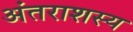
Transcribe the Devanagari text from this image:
अंतराशस्य